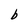
Character: b